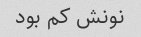
نونش کم بود